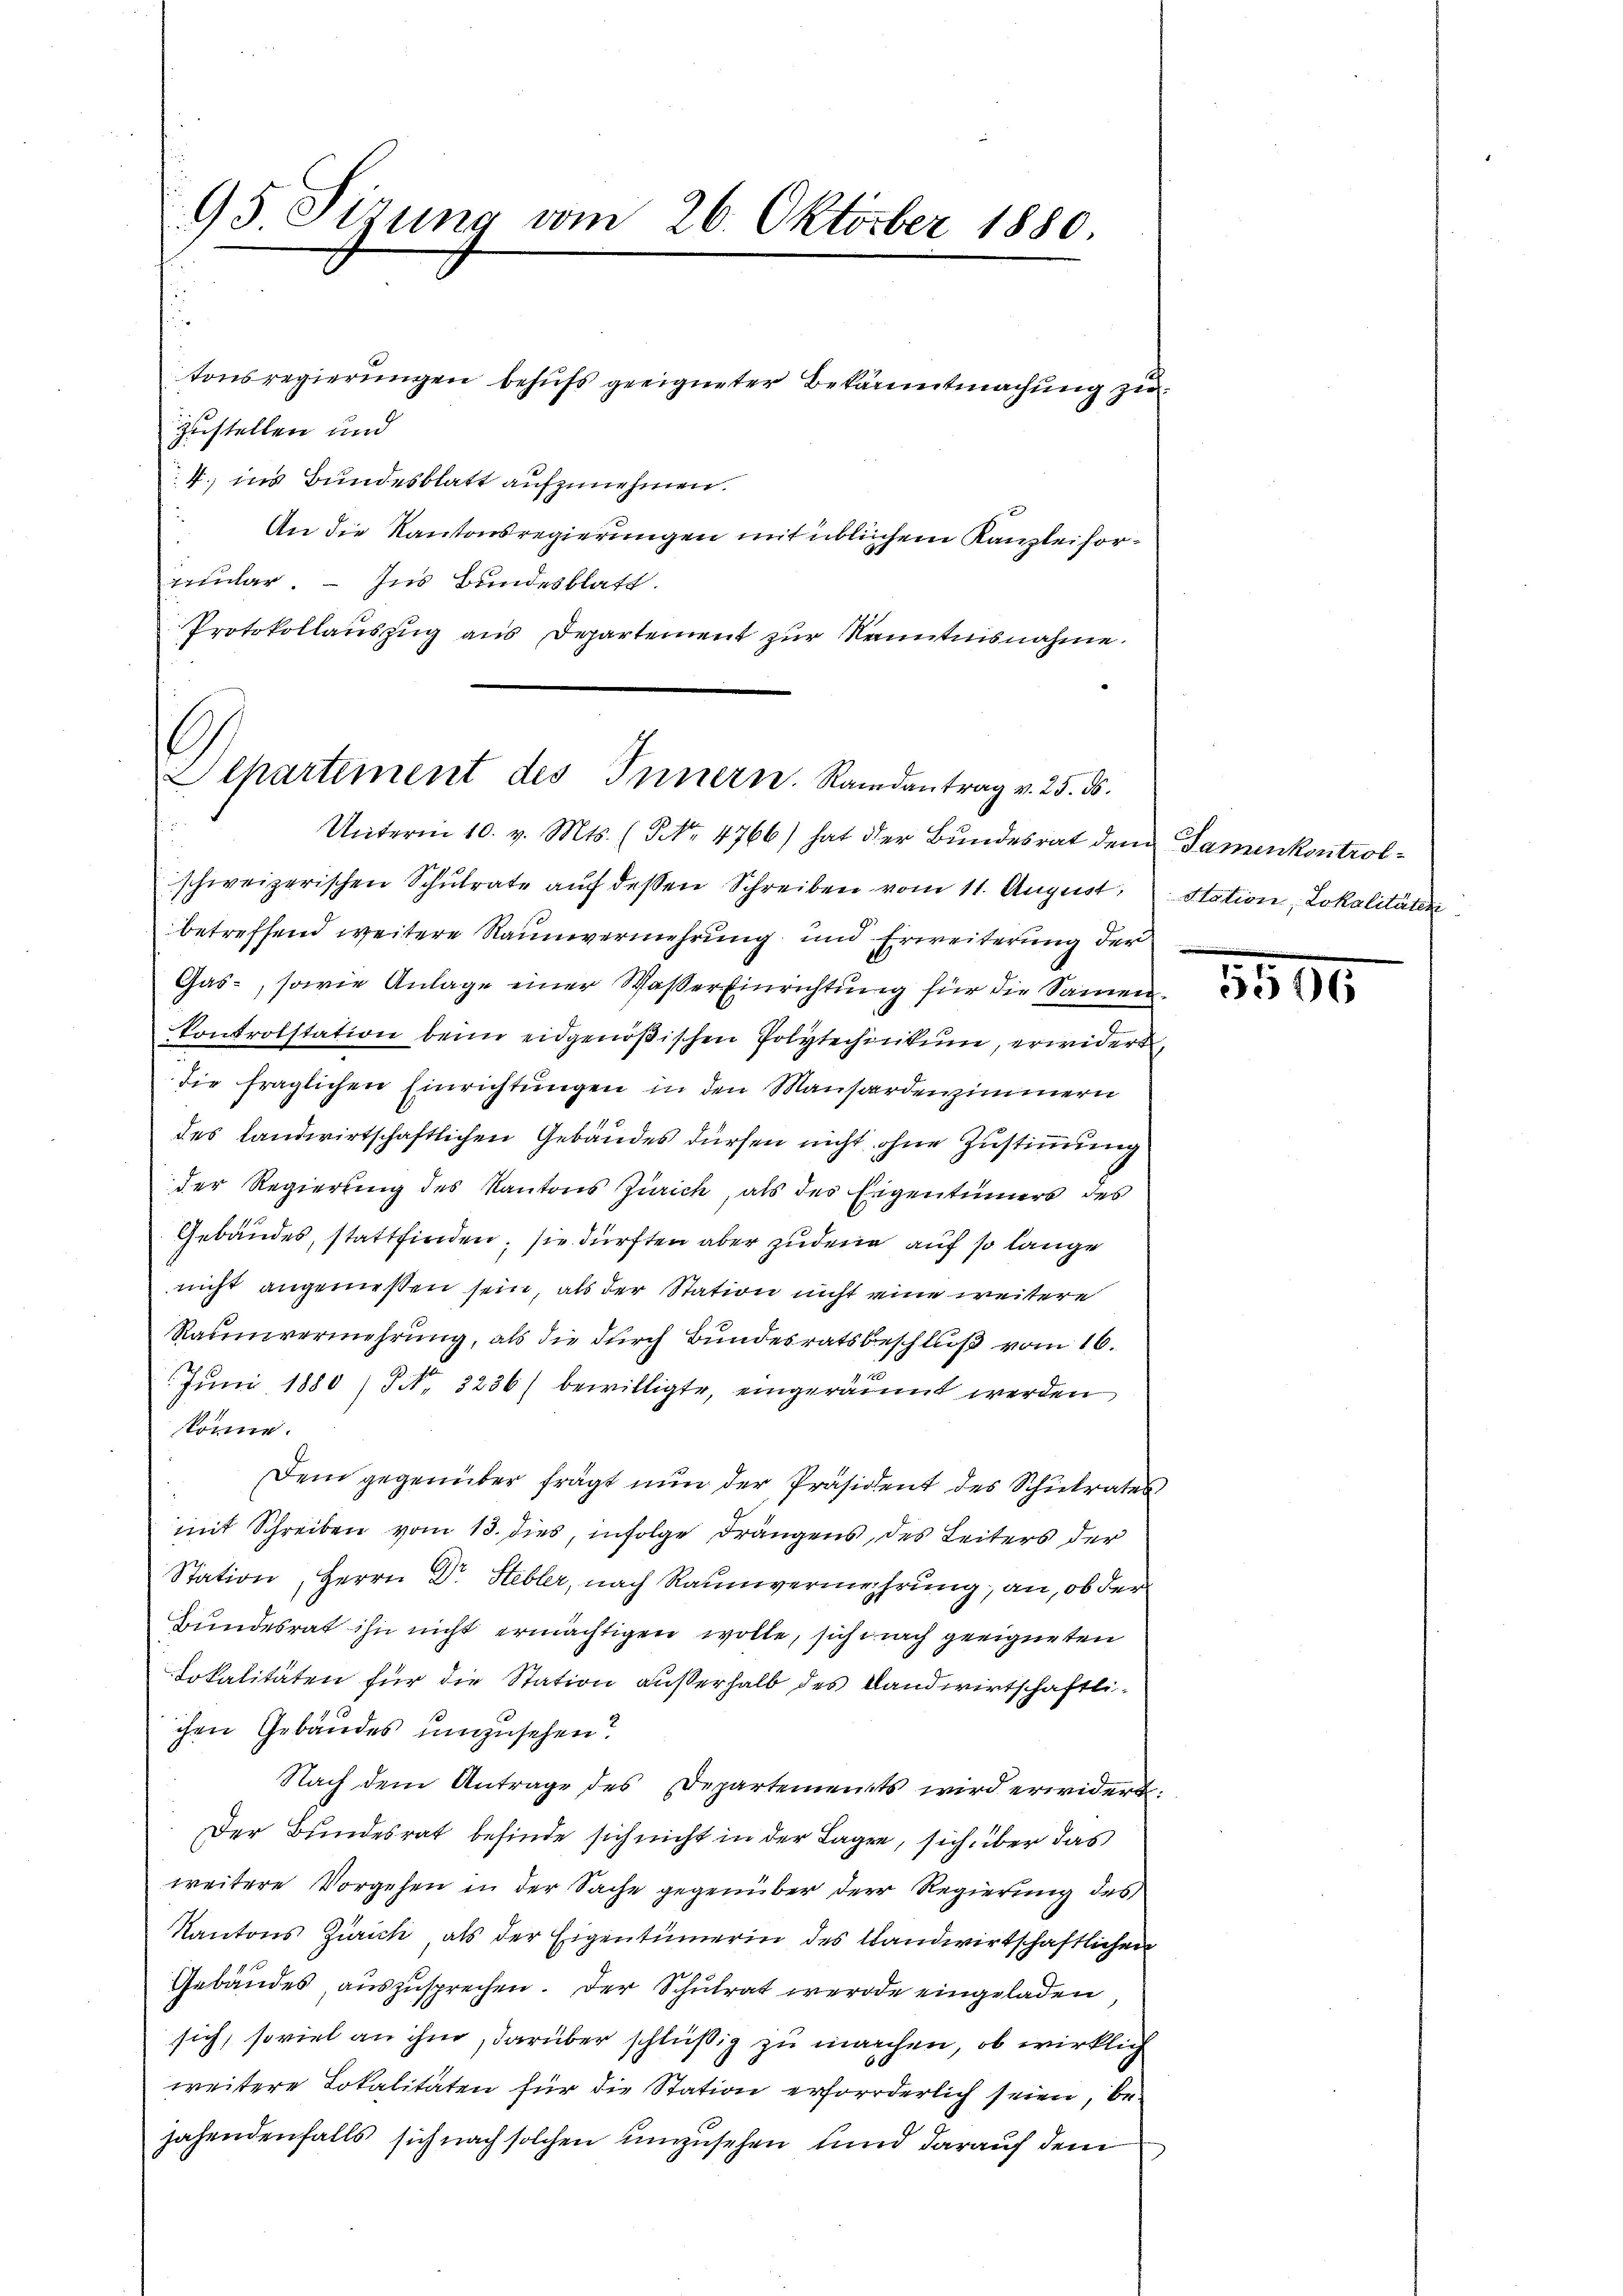
95 Sizung vom 26. Oktober 1880.

zustellen und
4., ins Bundesblatt aufzunehmen.
An die Kantonsregierungen mit üblichem Kanzlei formular. - Ins Bundesblatt.
Protokollauszug aus Departement zur Kenntnisnahme

tonsregierungen behufs geeigneter Bekanntmachung zu

.
Alpartement des Innern. Randantrag v. 25. ds.

Unterm 10. v. Mts. (No. 4766) hat der Bundesrat den Samenkontrolschweizerischen Schulrate auf deßen Schreiben vom 11. August,
betreffend weitere Raumvermehrung und Erweiterung der
Gas-, sowie Anlage einer Waßer Einrichtung für die Samen
kontrolstation beim eidgenößischen Polytechinkum, erwidert,
sie fraglichen Einrichtungen in den Mansardenzimmern
des landwirtschaftlichen Gebäudes dürfen nicht ohne Zustimmung
der Regierung des Kantons Zürich, als der Eigentümers des
Gebäudes, stattfinden, sie dürften aber zudene auf so lange
nicht angenießen sein, als der Station nicht eine weitere
Raumvermehrung, als die durch Bundesratsbeschluß vom 16.
Juni 1880 (PNo. 3236/ bewilligte, eingeräumt werden
könne.
Dem gegenüber frägt nun der Präsident des Schulrates
mit Schreiben vom 13. dies, infolge drängens, des Leiters der
Station, Herrn Dr. Stebler, nach Raumvermehrung an, ob der
Bundesrat ihn nicht ermächtigen wolle, sich nach geeigneten
Dokalitäten für die Station außerhalb des Landwirtschaftli-
chen Gebäudes umzusehen?
Nach dem Antrage des Departements wird erwidert
Der Bundesrat befinde sich nicht in der Lagen, sich über das
weitere Vorgehen in der Sache gegenüber der Regierung des
Kantons Zürich als der Eigentümerin des landwirtschaftlichen
Gebäudes auszusprechen. Der Schulrat werde eingeladen
sich, soviel an ihm, darüber schlüßig zu machen, ob wirklich
weitere Lokalitäten für die Station erforderlich seien, bejahendenfalls sich nach solchen unzusehen und darauf dem

Station, Lokalitäten

35,00